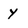
Character: y